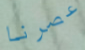
عصرنا